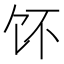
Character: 𱃳